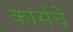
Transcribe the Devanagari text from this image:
कार्सचे